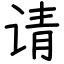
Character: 请